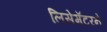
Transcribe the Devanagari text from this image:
लिसेमॅटरने